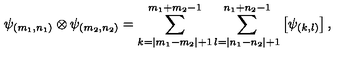
\psi _ { ( m _ { 1 } , n _ { 1 } ) } \otimes \psi _ { ( m _ { 2 } , n _ { 2 } ) } = \sum _ { k = | m _ { 1 } - m _ { 2 } | + 1 } ^ { m _ { 1 } + m _ { 2 } - 1 } \sum _ { l = | n _ { 1 } - n _ { 2 } | + 1 } ^ { n _ { 1 } + n _ { 2 } - 1 } \left[ \psi _ { ( k , l ) } \right] ,